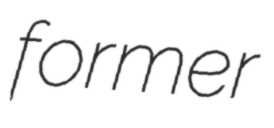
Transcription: former